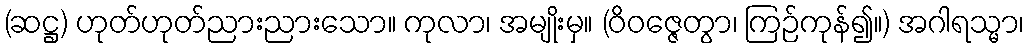
(ဆဋ္ဌ) ဟုတ်ဟုတ်ညားညားသော။ ကုလာ၊ အမျိုးမှ။ (ဝိဝဇ္ဇေတွာ၊ ကြဉ်ကုန်၍။) အဂါရသ္မာ၊